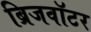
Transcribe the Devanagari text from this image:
ब्रिजवॉटर